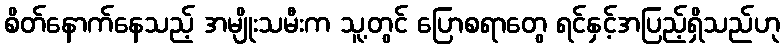
စိတ်နောက်နေသည့် အမျိုးသမီးက သူ့တွင် ပြောစရာတွေ ရင်နှင့်အပြည့်ရှိသည်ဟု